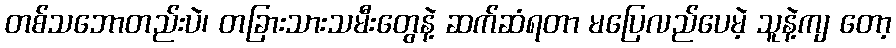
တစ်သဘောတည်းပဲ၊ တခြားသားသမီးတွေနဲ့ ဆက်ဆံရတာ မပြေလည်ပေမဲ့ သူနဲ့ကျ တော့